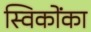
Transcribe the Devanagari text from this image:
स्विकोंका